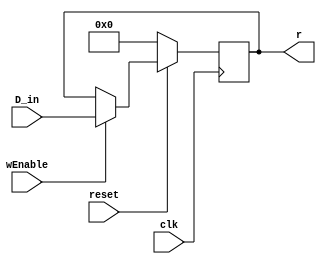
module regflag(D_in, wEnable, reset, clk, r); // To add output for the FSM to connect to flags
     input [7:0] D_in;
     input clk, wEnable, reset;
     output reg [7:0] r;

 always @( posedge clk )
    begin
    if (!reset) r <= 8'b00000000; // EDIT to not reset
    else
        begin
            if (wEnable)
                begin
                    r <= D_in;
                end
            else
                begin
                    r <= r;
                end
        end
    end
endmodule